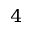
^ 4